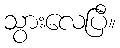
သွားလေပြီ။